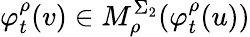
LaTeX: \varphi_{t}^{\rho}(v)\in M_{\rho}^{\Sigma_{2}}(\varphi_{t}^{\rho}(u))